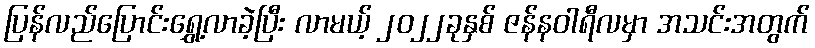
ပြန်လည်ပြောင်းရွှေ့လာခဲ့ပြီး လာမယ့် ၂၀၂၂ခုနှစ် ဇန်နဝါရီလမှာ အသင်းအတွက်